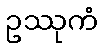
ဥဿုကံ